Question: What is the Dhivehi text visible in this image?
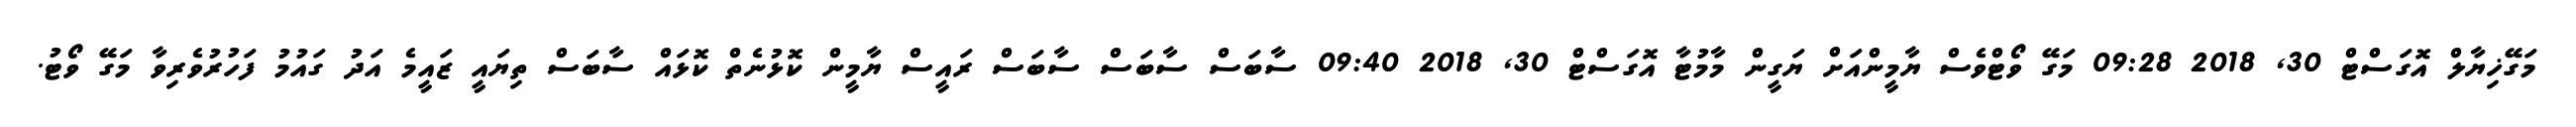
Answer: މަގޭޚިޔާލް އޮގަސްޓް 30, 2018 09:28 މަގޭ ވޯޓްވެސް ޔާމީންއަށް ޔަގީން މާމުޓާ އޮގަސްޓް 30, 2018 09:40 ސާބަސް ސާބަސް ސާބަސް ރައީސް ޔާމީން ކޮޅުނެތް ކޮޅައް ސާބަސް ތިޔައީ ޒައީމެ އަދު ގައުމު ފަހުރުވެރިވާ މަގޭ ވޯޓު.